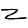
Digit: 2